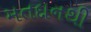
મતદાનથી